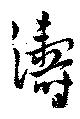
濤